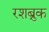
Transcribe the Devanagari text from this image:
रशब्रुक